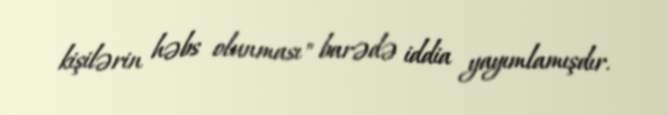
kişilərin həbs olunması" barədə iddia yayımlamışdır.